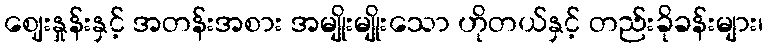
ဈေးနှုန်းနှင့် အတန်းအစား အမျိုးမျိုးသော ဟိုတယ်နှင့် တည်းခိုခန်းများ၊